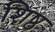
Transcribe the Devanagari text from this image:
शिष्ठ